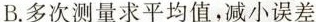
B.多次测量求平均值，减小误差